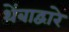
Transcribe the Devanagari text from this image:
थेंबाद्वारे